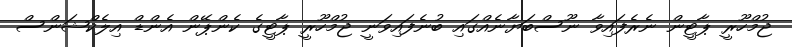
ޖުމްހޫރީ ޕާޓީން ނެރެފައިވާ ނޫސްބަޔާނެއްގައި ބުނެފައިވަނީ ޖުމްހޫރީ ޕާޓީގެ ކެންޕޭން އެންޑް އިލެކްޝަންސް